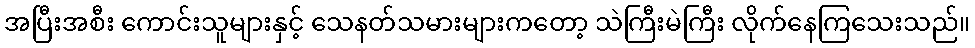
အပြီးအစီး ကောင်းသူများနှင့် သေနတ်သမားများကတော့ သဲကြီးမဲကြီး လိုက်နေကြသေးသည်။